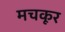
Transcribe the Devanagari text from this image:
मचकूर